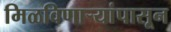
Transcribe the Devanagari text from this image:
मिळविणार्‍यांपासून